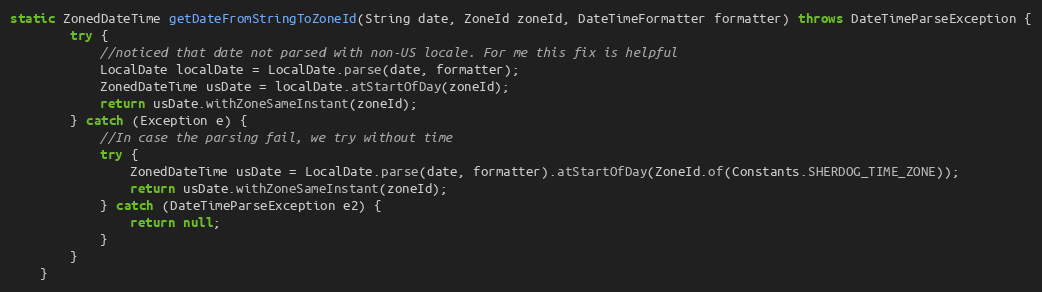
Language: Java
static ZonedDateTime getDateFromStringToZoneId(String date, ZoneId zoneId, DateTimeFormatter formatter) throws DateTimeParseException {
        try {
            //noticed that date not parsed with non-US locale. For me this fix is helpful
            LocalDate localDate = LocalDate.parse(date, formatter);
            ZonedDateTime usDate = localDate.atStartOfDay(zoneId);
            return usDate.withZoneSameInstant(zoneId);
        } catch (Exception e) {
            //In case the parsing fail, we try without time
            try {
                ZonedDateTime usDate = LocalDate.parse(date, formatter).atStartOfDay(ZoneId.of(Constants.SHERDOG_TIME_ZONE));
                return usDate.withZoneSameInstant(zoneId);
            } catch (DateTimeParseException e2) {
                return null;
            }
        }
    }